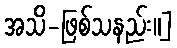
အသိ-ဖြစ်သနည်း။]